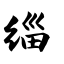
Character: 缁